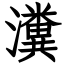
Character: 瀵